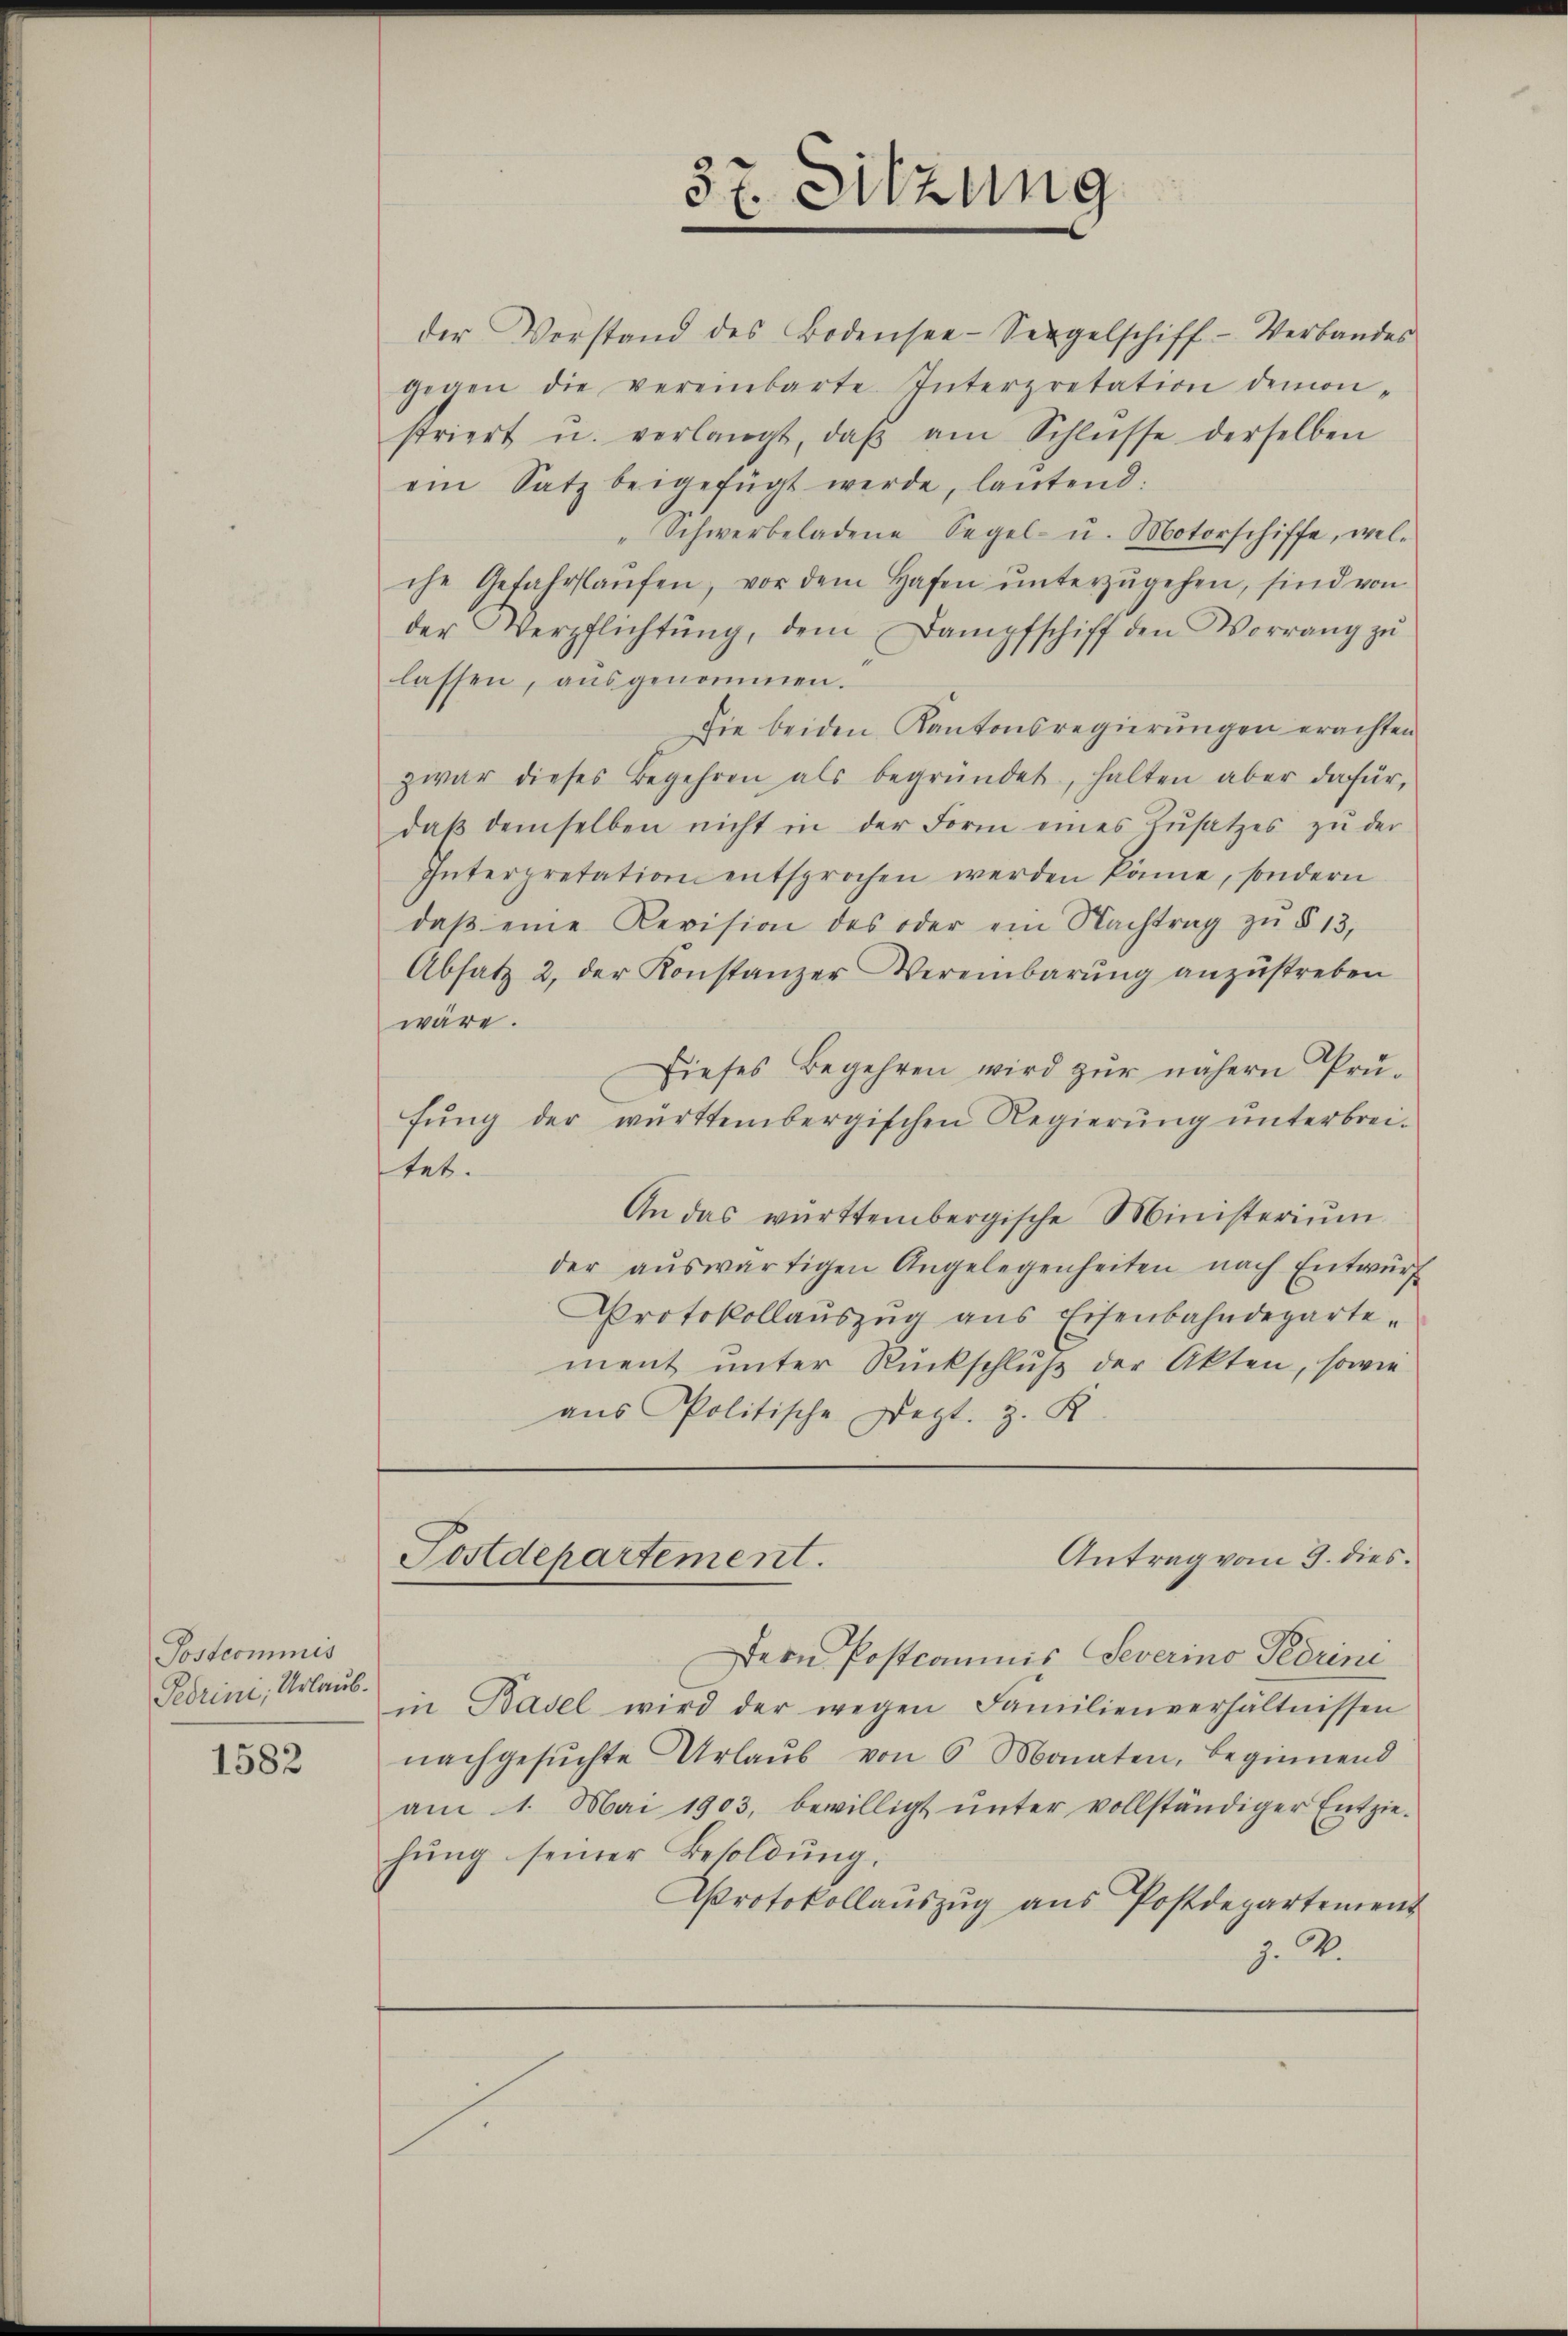
Postcommis
Pedrini, Urlaub.

1582

37. Sitzung

gegen die vereinbarte Interpretation demon-
striert u. verlangt, daβ am Schlüsse derselben
ein Satz beigefügt werde, lautend:
"Schwerbeladene Segel- u. Motorschiffe, wel-
che Gefahrlaŭfen, vor dem Hafen ŭnterzŭgehen, sind von
der Verpflichtŭng, dem Dampfschiff den Vorrang zŭ
lassen, ausgenommen.
sie beiden Kantonsregierungen erachten.
zwar dieses Begehren als begründet, halten aber dafür,
daβ demselben nicht in der Form eines Zŭsatzes zŭ der
Interpretation entsprochen werden könne, sondern
daβ eine Revision des oder ein Nachtrag zŭ § 13,
Absatz 2, der Konstanzer Vereinbarŭng anzustreben
wäre.
dieses Begehren wird zŭr nähern Prü-
fŭng der württembergischen Regierŭng ŭnterbrei-
tet.
An das württembergische Ministerium
der aŭswärtigen Angelegenheiten nach Entwürf
Protokollaŭszŭg ans Eisenbahndeparte.
ment unter Rückschluß der Akten, sowie
aus Politische Dept. z. K.

der Vorstand des Bodensee-Seegelschiff- Verbandes

Antrag vom 9. dies
Postdepartement.

Dern Postcommis Severino Pedrini
in Basel wird der wegen Familienverhältnissen
nachgesŭchte Urlaŭb von 6 Monaten, beginnend
am 1. Mai 1903, bewilligt ŭnter vollständiger Entzie-
hŭng seiner Besoldŭng.
Protokollaŭszŭg aŭs Postdepartement
Z. V.